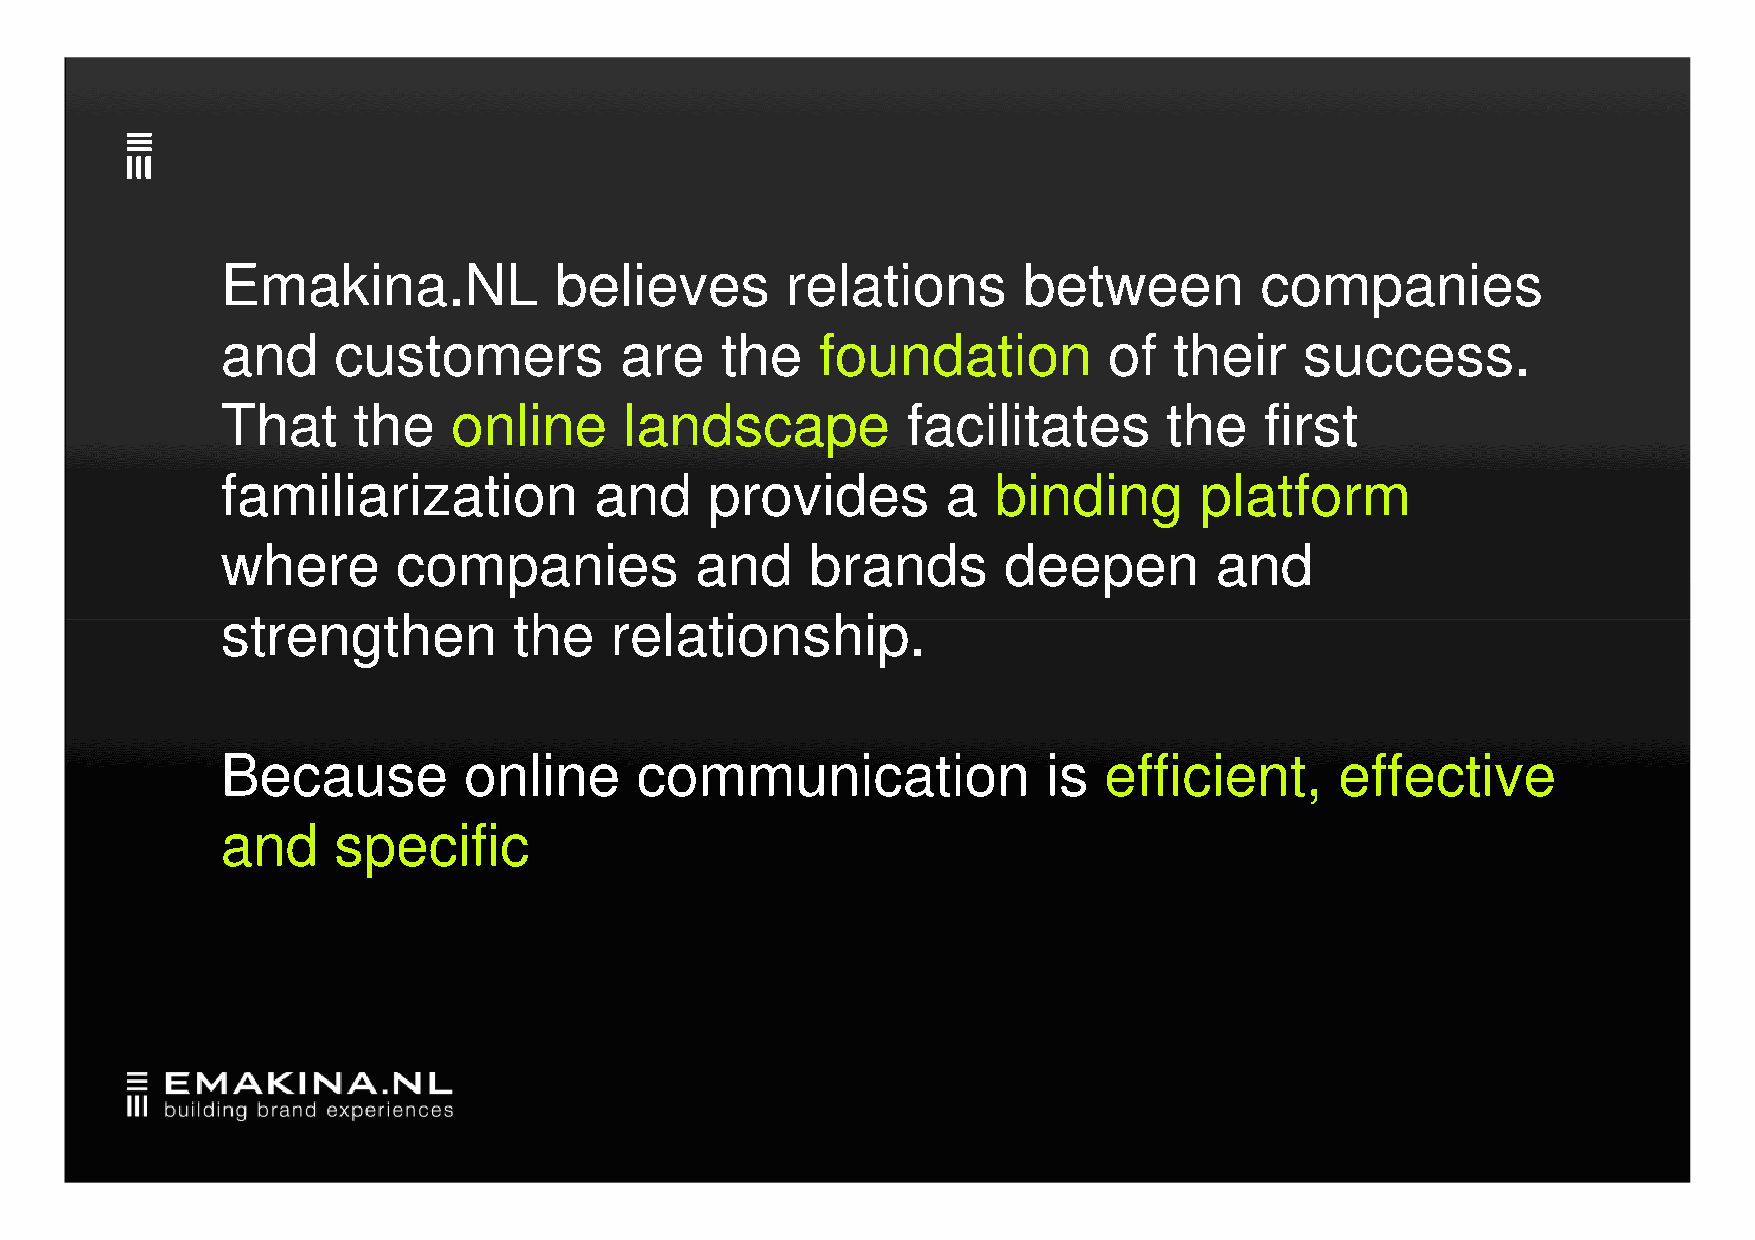
Emakina.NL            believes       relations       between        companies
 and    customers          are    the   foundation         of   their   success.
 That    the    online     landscape          facilitates      the    first
 familiarization         and     provides        a  binding      platform
 where      companies           and     brands      deepen        and
 ssttrreennggtthheenn tthhee rreellaattiioonnsshhiipp..
 Because         online     communication              is  efficient,      effective
 and    specific